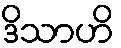
ဒိသာဟိ